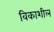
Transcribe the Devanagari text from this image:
विकाशील